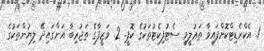
1. އެކްރެޑިޓްކޮށްފައިވާ ތަޢުލީމީ ސެޓުފިކެޓުތަކުގެ ކޮޕީ. 2. ވަޒީފާގެ ތަޖުރިބާ އަންގައިދޭ ލިޔުންތަކުގެ